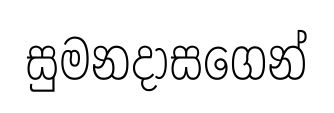
සුමනදාසගෙන්